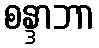
စန္ဒာဘာ